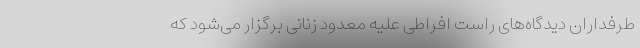
طرفداران دیدگاه‌های راست افراطی علیه معدود زنانی برگزار می‌شود که